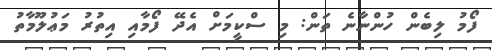
ފޯމު ލިބެން ހުންނާނެ ތަން: މި ސްކީމަށް އެދޭ ފޯމާއި އިތުރު މަޢުލޫމާތު